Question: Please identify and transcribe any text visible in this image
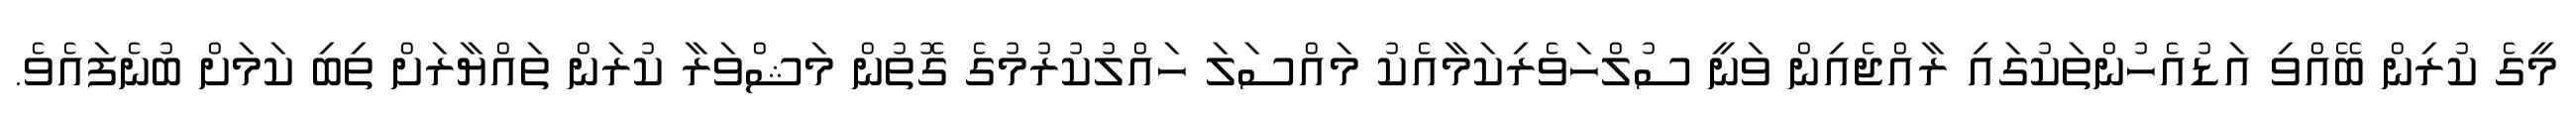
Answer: މީގެ ކުރިން ބޭއްވި އަޑުއެހުންތަކުގައި ރާއްޖެއިން ވަނީ ސުލްހަވެރިކަމާއެކު މައްސަލަ ހައްލުކުރުމުގެ ގޮތުން މަޝްވަރާ ކުރަން ތައްޔާރަށް ތިބި ކަމަށް ބުނެފައެވެ.